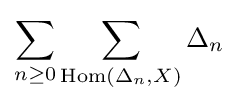
\sum _{n\geq 0}\sum _{{\textrm {Hom}}(\Delta _{n},X)}\Delta _{n}